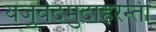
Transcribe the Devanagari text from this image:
यजुर्वेदमुदाहरन्तीं